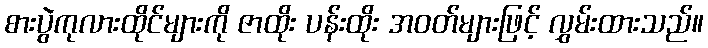
စားပွဲကုလားထိုင်များကို ဇာထိုး ပန်းထိုး အဝတ်များဖြင့် လွှမ်းထားသည်။